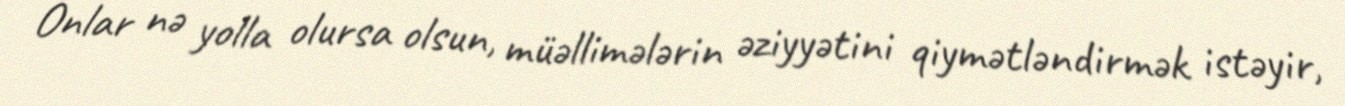
Onlar nə yolla olursa olsun, müəllimələrin əziyyətini qiymətləndirmək istəyir,